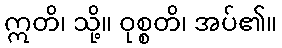
ဣတိ၊ သို့။ ဝုစ္စတိ၊ အပ်၏။